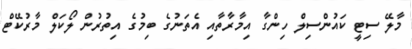
މާލޭ ސިޓީ ކައުންސިލް ހިންގާ އިމާރާތާއި އެތަނުގެ ބިމުގެ އިތުރުން ލޯކަލް މާރުކޭޓް